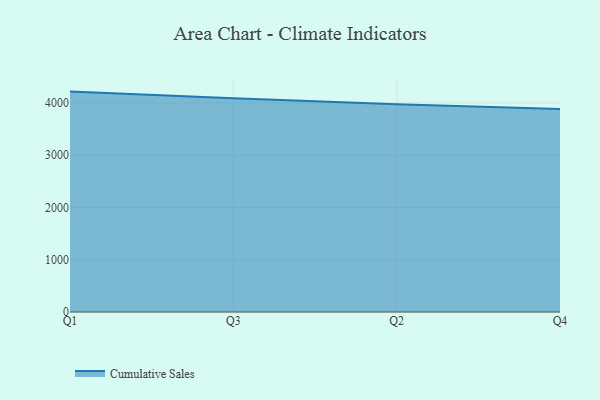
{"axis": {"x": "Quarter", "y": "Shipments"}, "legend": ["Cumulative Sales"], "data": [{"x": "Q1", "y": 4216.5, "type": "Cumulative Sales"}, {"x": "Q3", "y": 4088.4, "type": "Cumulative Sales"}, {"x": "Q2", "y": 3976.5, "type": "Cumulative Sales"}, {"x": "Q4", "y": 3884.0, "type": "Cumulative Sales"}]}